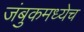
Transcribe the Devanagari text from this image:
जंबुकमध्येच